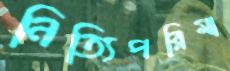
নিত্যিপরিমা